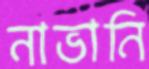
নাভানি